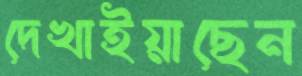
দেখাইয়াছেন